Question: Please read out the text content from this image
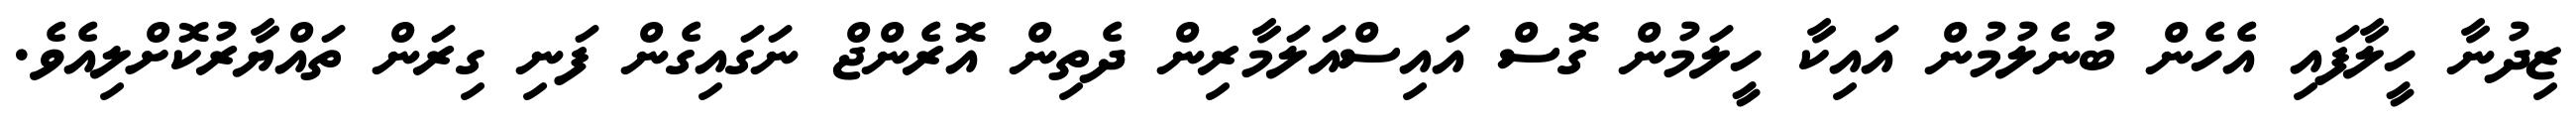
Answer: ޒިދުނާ ހީލާފައި އެހެން ބުނެލުމުން އައިކާ ހީލަމުން ގޮސް އައިސްއަލަމާރިން ދެތިން އޮރެންޖް ނަގައިގެން ފަނި ގިރަން ތައްޔާރުކޮށްލިއެވެ.